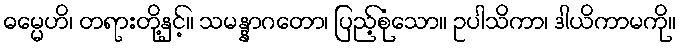
ဓမ္မေဟိ၊ တရားတို့နှင့်။ သမန္နာဂတော၊ ပြည့်စုံသော။ ဥပါသိကာ၊ ဒါယိကာမကို။